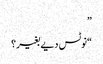
”
“نوٹس دیے بغیر؟